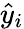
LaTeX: {\hat{y}}_{i}